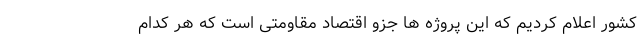
کشور اعلام کردیم که این پروژه ها جزو اقتصاد مقاومتی است که هر کدام